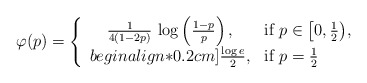
\begin{align*}\varphi(p) = \left\{\begin{array}{cl}\frac{1}{4(1-2p)} \, \log \left( \frac{1-p}{p} \right), & \mbox{if $p \in\bigl[0, \frac{1}{2} \bigr)$,} \\begin{align*}0.2cm]\frac{\log e}{2}, & \mbox{if $p=\frac{1}{2}$}\end{array}\right.\end{align*}